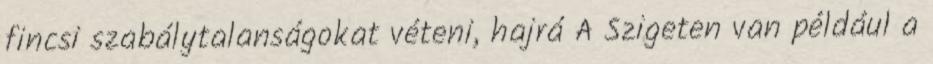
fincsi szabálytalanságokat véteni, hajrá A Szigeten van például a